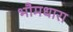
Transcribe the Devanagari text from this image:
भौमधारा